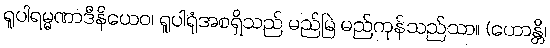
ရူပါရမ္မဏာဒီနိယေဝ၊ ရူပါရုံအစရှိသည် မည်မြဲ မည်ကုန်သည်သာ။ (ဟောန္တိ၊